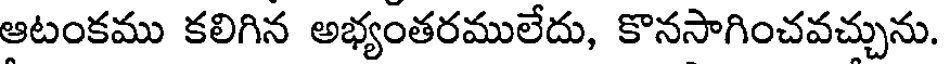
ఆటంకము కలిగిన అభ్యంతరములేదు, కొనసాగించవచ్చును.